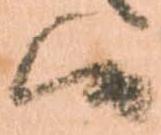
候